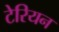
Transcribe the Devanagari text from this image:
टेरियन